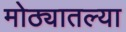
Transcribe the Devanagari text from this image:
मोठ्यातल्या